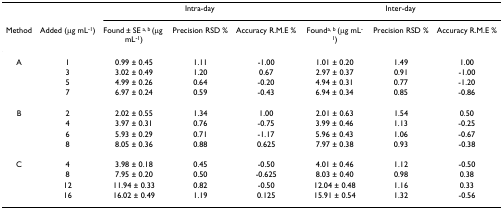
<table><thead><tr><td></td><td></td><td colspan="3"><b>Intra-day</b></td><td colspan="3"><b>Inter-day</b></td></tr><tr><td><b>Method</b></td><td><b>Added (μg mL<sup>-1</sup>)</b></td><td><b>Found ± SE <sup>a, b </sup>(μg mL<sup>-1</sup>)</b></td><td><b>Precision RSD %</b></td><td><b>Accuracy R.M.E %</b></td><td><b>Found<sup>a, b </sup>(μg mL<sup>-1</sup>)</b></td><td><b>Precision RSD %</b></td><td><b>Accuracy R.M.E %</b></td></tr></thead><tbody><tr><td>A</td><td>1</td><td>0.99 ± 0.45</td><td>1.11</td><td>-1.00</td><td>1.01 ± 0.20</td><td>1.49</td><td>1.00</td></tr><tr><td></td><td>3</td><td>3.02 ± 0.49</td><td>1.20</td><td>0.67</td><td>2.97 ± 0.37</td><td>0.91</td><td>-1.00</td></tr><tr><td></td><td>5</td><td>4.99 ± 0.26</td><td>0.64</td><td>-0.20</td><td>4.94 ± 0.31</td><td>0.77</td><td>-1.20</td></tr><tr><td></td><td>7</td><td>6.97 ± 0.24</td><td>0.59</td><td>-0.43</td><td>6.94 ± 0.34</td><td>0.85</td><td>-0.86</td></tr><tr><td>B</td><td>2</td><td>2.02 ± 0.55</td><td>1.34</td><td>1.00</td><td>2.01 ± 0.63</td><td>1.54</td><td>0.50</td></tr><tr><td></td><td>4</td><td>3.97 ± 0.31</td><td>0.76</td><td>-0.75</td><td>3.99 ± 0.46</td><td>1.13</td><td>-0.25</td></tr><tr><td></td><td>6</td><td>5.93 ± 0.29</td><td>0.71</td><td>-1.17</td><td>5.96 ± 0.43</td><td>1.06</td><td>-0.67</td></tr><tr><td></td><td>8</td><td>8.05 ± 0.36</td><td>0.88</td><td>0.625</td><td>7.97 ± 0.38</td><td>0.93</td><td>-0.38</td></tr><tr><td>C</td><td>4</td><td>3.98 ± 0.18</td><td>0.45</td><td>-0.50</td><td>4.01 ± 0.46</td><td>1.12</td><td>-0.50</td></tr><tr><td></td><td>8</td><td>7.95 ± 0.20</td><td>0.50</td><td>-0.625</td><td>8.03 ± 0.40</td><td>0.98</td><td>0.38</td></tr><tr><td></td><td>12</td><td>11.94 ± 0.33</td><td>0.82</td><td>-0.50</td><td>12.04 ± 0.48</td><td>1.16</td><td>0.33</td></tr><tr><td></td><td>16</td><td>16.02 ± 0.49</td><td>1.19</td><td>0.125</td><td>15.91 ± 0.54</td><td>1.32</td><td>-0.56</td></tr></tbody></table>